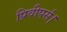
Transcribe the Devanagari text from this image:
प्रिवीपर्स।